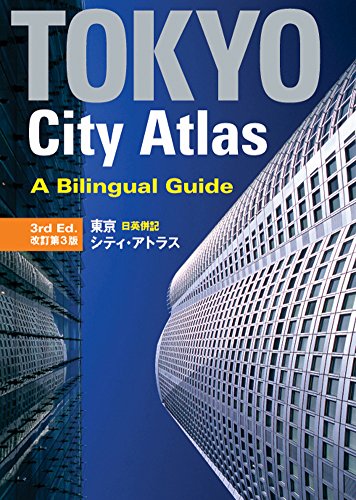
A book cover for Tokyo City Atlas: A Bilingual Guide; Kodansha International; Reference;